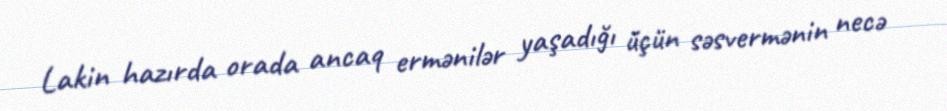
Lakin hazırda orada ancaq ermənilər yaşadığı üçün səsvermənin necə